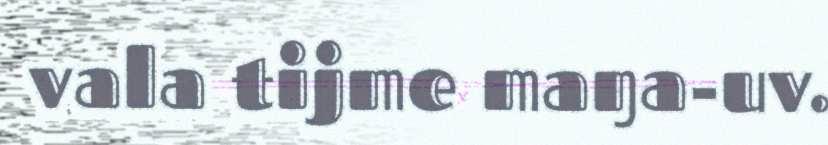
vala tijme maŋa-uv.